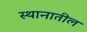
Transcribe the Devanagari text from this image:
स्थानातील